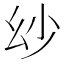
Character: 𢆷